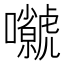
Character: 𡅗